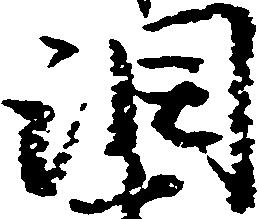
潤